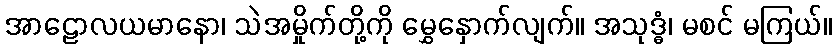
အာဠောလယမာနော၊ သဲအမှိုက်တို့ကို မွှေနှောက်လျက်။ အသုဒ္ဓံ၊ မစင် မကြယ်။